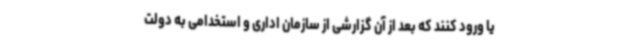
یا ورود کنند که بعد از آن گزارشی از سازمان اداری و استخدامی به دولت